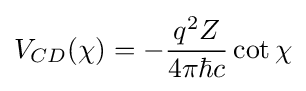
V_{CD}(\chi )=-{\frac {q^{2}Z}{4\pi \hbar c}}\cot \chi